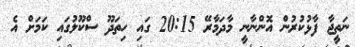
ނަތީޖާ ފާޅުކުރުން އޮންނާނީ މާދަމާރޭ 20:15 ގައި ހިތަދޫ ސްކޫލުގައި ކަމަށް އެ